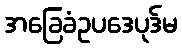
အခြေခံဥပဒေပုဒ်မ